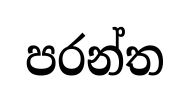
පරන්ත